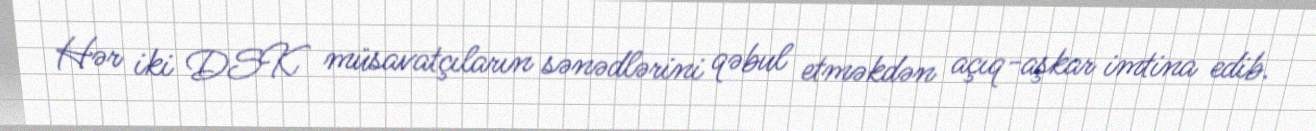
Hər iki DSK müsavatçıların sənədlərini qəbul etməkdən açıq-aşkar imtina edib.